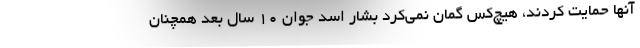
آنها حمایت کردند، هیچ‌کس گمان نمی‌کرد بشار اسد جوان ۱۰ سال بعد همچنان